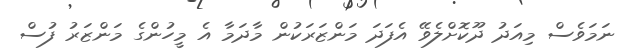
ނަމަވެސް މިއަދު ދޫކޮށްލެވޭ އެފަދަ މަންޒަރަކުން މާދަމާ އެ މީހުންގެ މަންޒަރު ފުސް